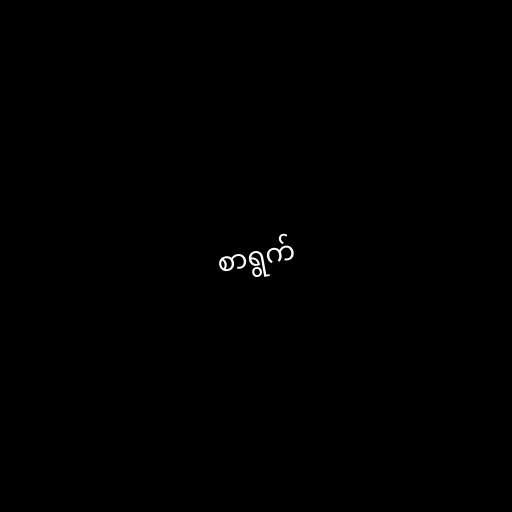
စာရွက်